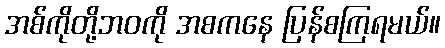
အစ်ကိုတို့ဘဝကို အစကနေ ပြန်စကြရမယ်။